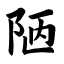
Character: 陋